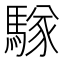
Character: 𮪑